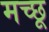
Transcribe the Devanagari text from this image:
मच्‍छू